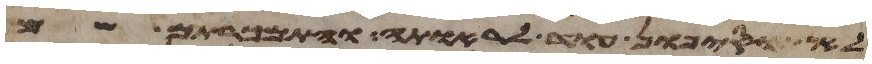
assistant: לא תוסיפון עוד לראותה והתמכרתם שם